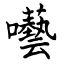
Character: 囈